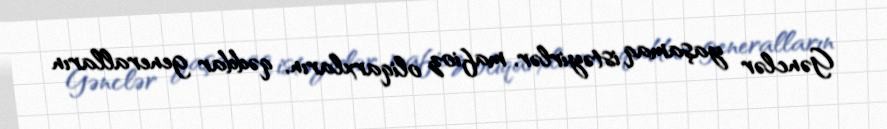
Gənclər yaşamaq istəyirlər, mafioz oliqarxların, qəddar generalların